Lunatic asylums in Bengal annual reports 1888-1898 - 1888-1898
Year: 1888
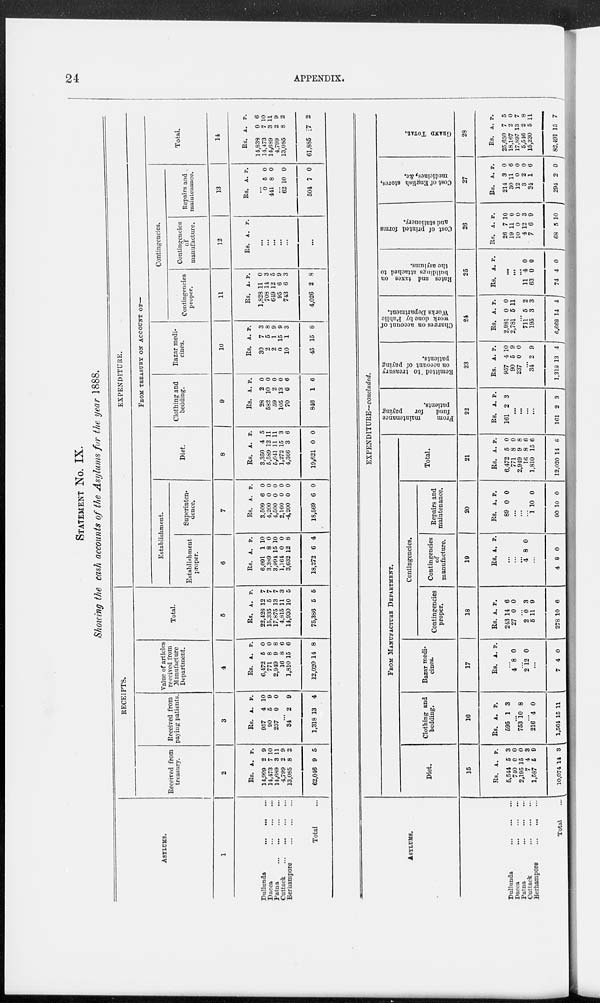
24
APPENDIX.
STATEMENT No. IX.
Showing the cash accounts of the Asylums for the year 1888.
ASYLUMS.
1
Dullunda
...
...
...
Dacca ... ... ...
Patna
...
...
...
...
Cuttack
...
...
...
...
Berhampore
...
...
...
Total ...
RECEIPTS.
Received from
treasury.
2
Rs.
14,999
14,473
14,689
4,799
13,085
62,046
A.
2
7
3
2
8
9
P.
9
10
11
9
2
5
Received from
paying patients.
3
Rs.
957
90
237
A.
4
5
0
P.
10
9
0
...
34
1,318
2
13
9
4
Value of articles
received from
Manufacture
Department.
4
Rs.
6,472
771
2,949
16
1,810
12,020
A.
5
8
9
8
15
14
P.
0
0
8
6
6
8
Total.
5
Rs.
22,428
15,335
17,875
4,815
14,930
75,386
A.
12
5
13
11
10
5
P.
7
7
7
3
5
5
EXPENDITURE.
FROM TREASURY OF ACCOUNT OF—
Establishment.
Establishment
proper.
6
Rs.
6,091
3,389
3,994
1,164
3,632
18,272
A.
1
8
15
0
12
6
P.
10
0
10
0
8
4
Superinten-
dence.
7
Rs.
3,509
4,200
4,500
2,160
-4,200
18,569
A.
6
0
0
0
0
6
P.
0
0
0
0
0
0
Diet.
8
Rs.
3,350
5,589
5,047
1,272
4,366
19,621
A.
4
12
11
15
3
0
P.
5
11
11
3
6
0
Clothing and
bedding.
9
Rs.
28
582
59
105
70
846
A.
2
10
2
13
6
1
P.
0
0
0
0
6
6
Bazar medi-
cines.
10
Rs.
30
2
2
0
10
45
A.
7
5
1
15
1
15
P.
3
8
9
9
3
8
Contingencies.
Contingencies
proper.
11
Rs.
1,829
708
649
95
743
4,026
A.
11
14
12
6
6
2
P.
0
3
5
9
3
8
Contingencies
of
manufacture.
12
Rs. A. P.
...
...
...
...
...
...
Repairs and
maintenace.
13
Rs. A. P.
0
441
5
8
0
0
...
62
504
10
7
0
0
Total.
14
Rs.
14,838
11,473
14,689
4,799
13,085
61,885
A.
0
7
3
2
8
7
P.
6
10
11
9
2
2
ASYLUMS.
Dullunda
...
...
...
Dacca
...
...
...
Patna
...
...
...
Cuttack
...
...
...
Berhampore
...
...
...
Total ...
EXPENDITURE—concluded.
FROM MANUFACTURE DEPARTMENT.
Diet.
15
Rs.
5,544
740
2,195
7
1,587
10,074
A.
5
0
15
4
6
14
P.
3
0
0
3
9
3
Clothing and
bedding.
16
Rs.
695
A.
1
P.
3
...
753 10 8
...
216
1,564
4
15
0
11
Bazar medi-
cines.
17
Rs.
A. P.
...
4 8 0
...
2 12 0
...
7 4 0
Contingencies.
Contingencies
proper.
18
Rs.
243
27
A.
14
0
P.
6
0
...
2
5
278
0
11
10
3
9
6
Contingencies
of
manufacture.
19
Rs. A. P.
...
...
...
4 8 0
...
4 8 0
Repairs and
maintenance.
20
Rs.
89
A.
0
P.
0
...
...
... 1
90
10
10
0
0
Total.
21
Rs.
6,472
771
2,949
16
1,810
12,020
A.
5
8
9
8
15
14
P.
0
0
8
6
6
8
From
maintenance
fund
for
paying
patients.
22
Rs.
161
A.
2
P.
3
...
...
...
...
161 2 3
Remitted to treasury
on account of paying
patients.
23
Rs.
957
90
237
A.
4
5
0
P.
10
9
0
...
34
1.318
2
13
9
4
Charges on account of
work done by Public
Works Department.
24
Rs.
2,981
2,781
A.
0
5
P.
0
11
...
711
195
6.068
5
3
14
2
3
4
Rates and taxes on
buildings attached to
the asylums.
25
Rs. A. P.
...
...
...
11
63
74
4
0
4
0
0
0
Cost of printed forms
and stationery.
26
Rs.
26
19
10
4
7
68
A.
7
11
0
12
6
5
P.
10
0
0
3
9
10
Cost of English storcs,
medcines, &c.
27
Rs.
214
30
12
3
34
294
A.
3
11
0
2
1
2
P.
0
6
0
0
6
0
GRAND TOTAL.
28
Rs.
25,650
18,167
17,897
5,516
15,230
82,491
A.
7
9
13
2
5
15
P.
5
0
7
8
11
7